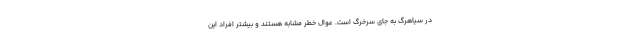
در سیاهرگ به جای سرخرگ است. عوال خطر مشابه هستند و بیشتر افراد این